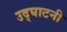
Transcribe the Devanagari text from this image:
उद्घाटनी